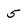
Character: 5